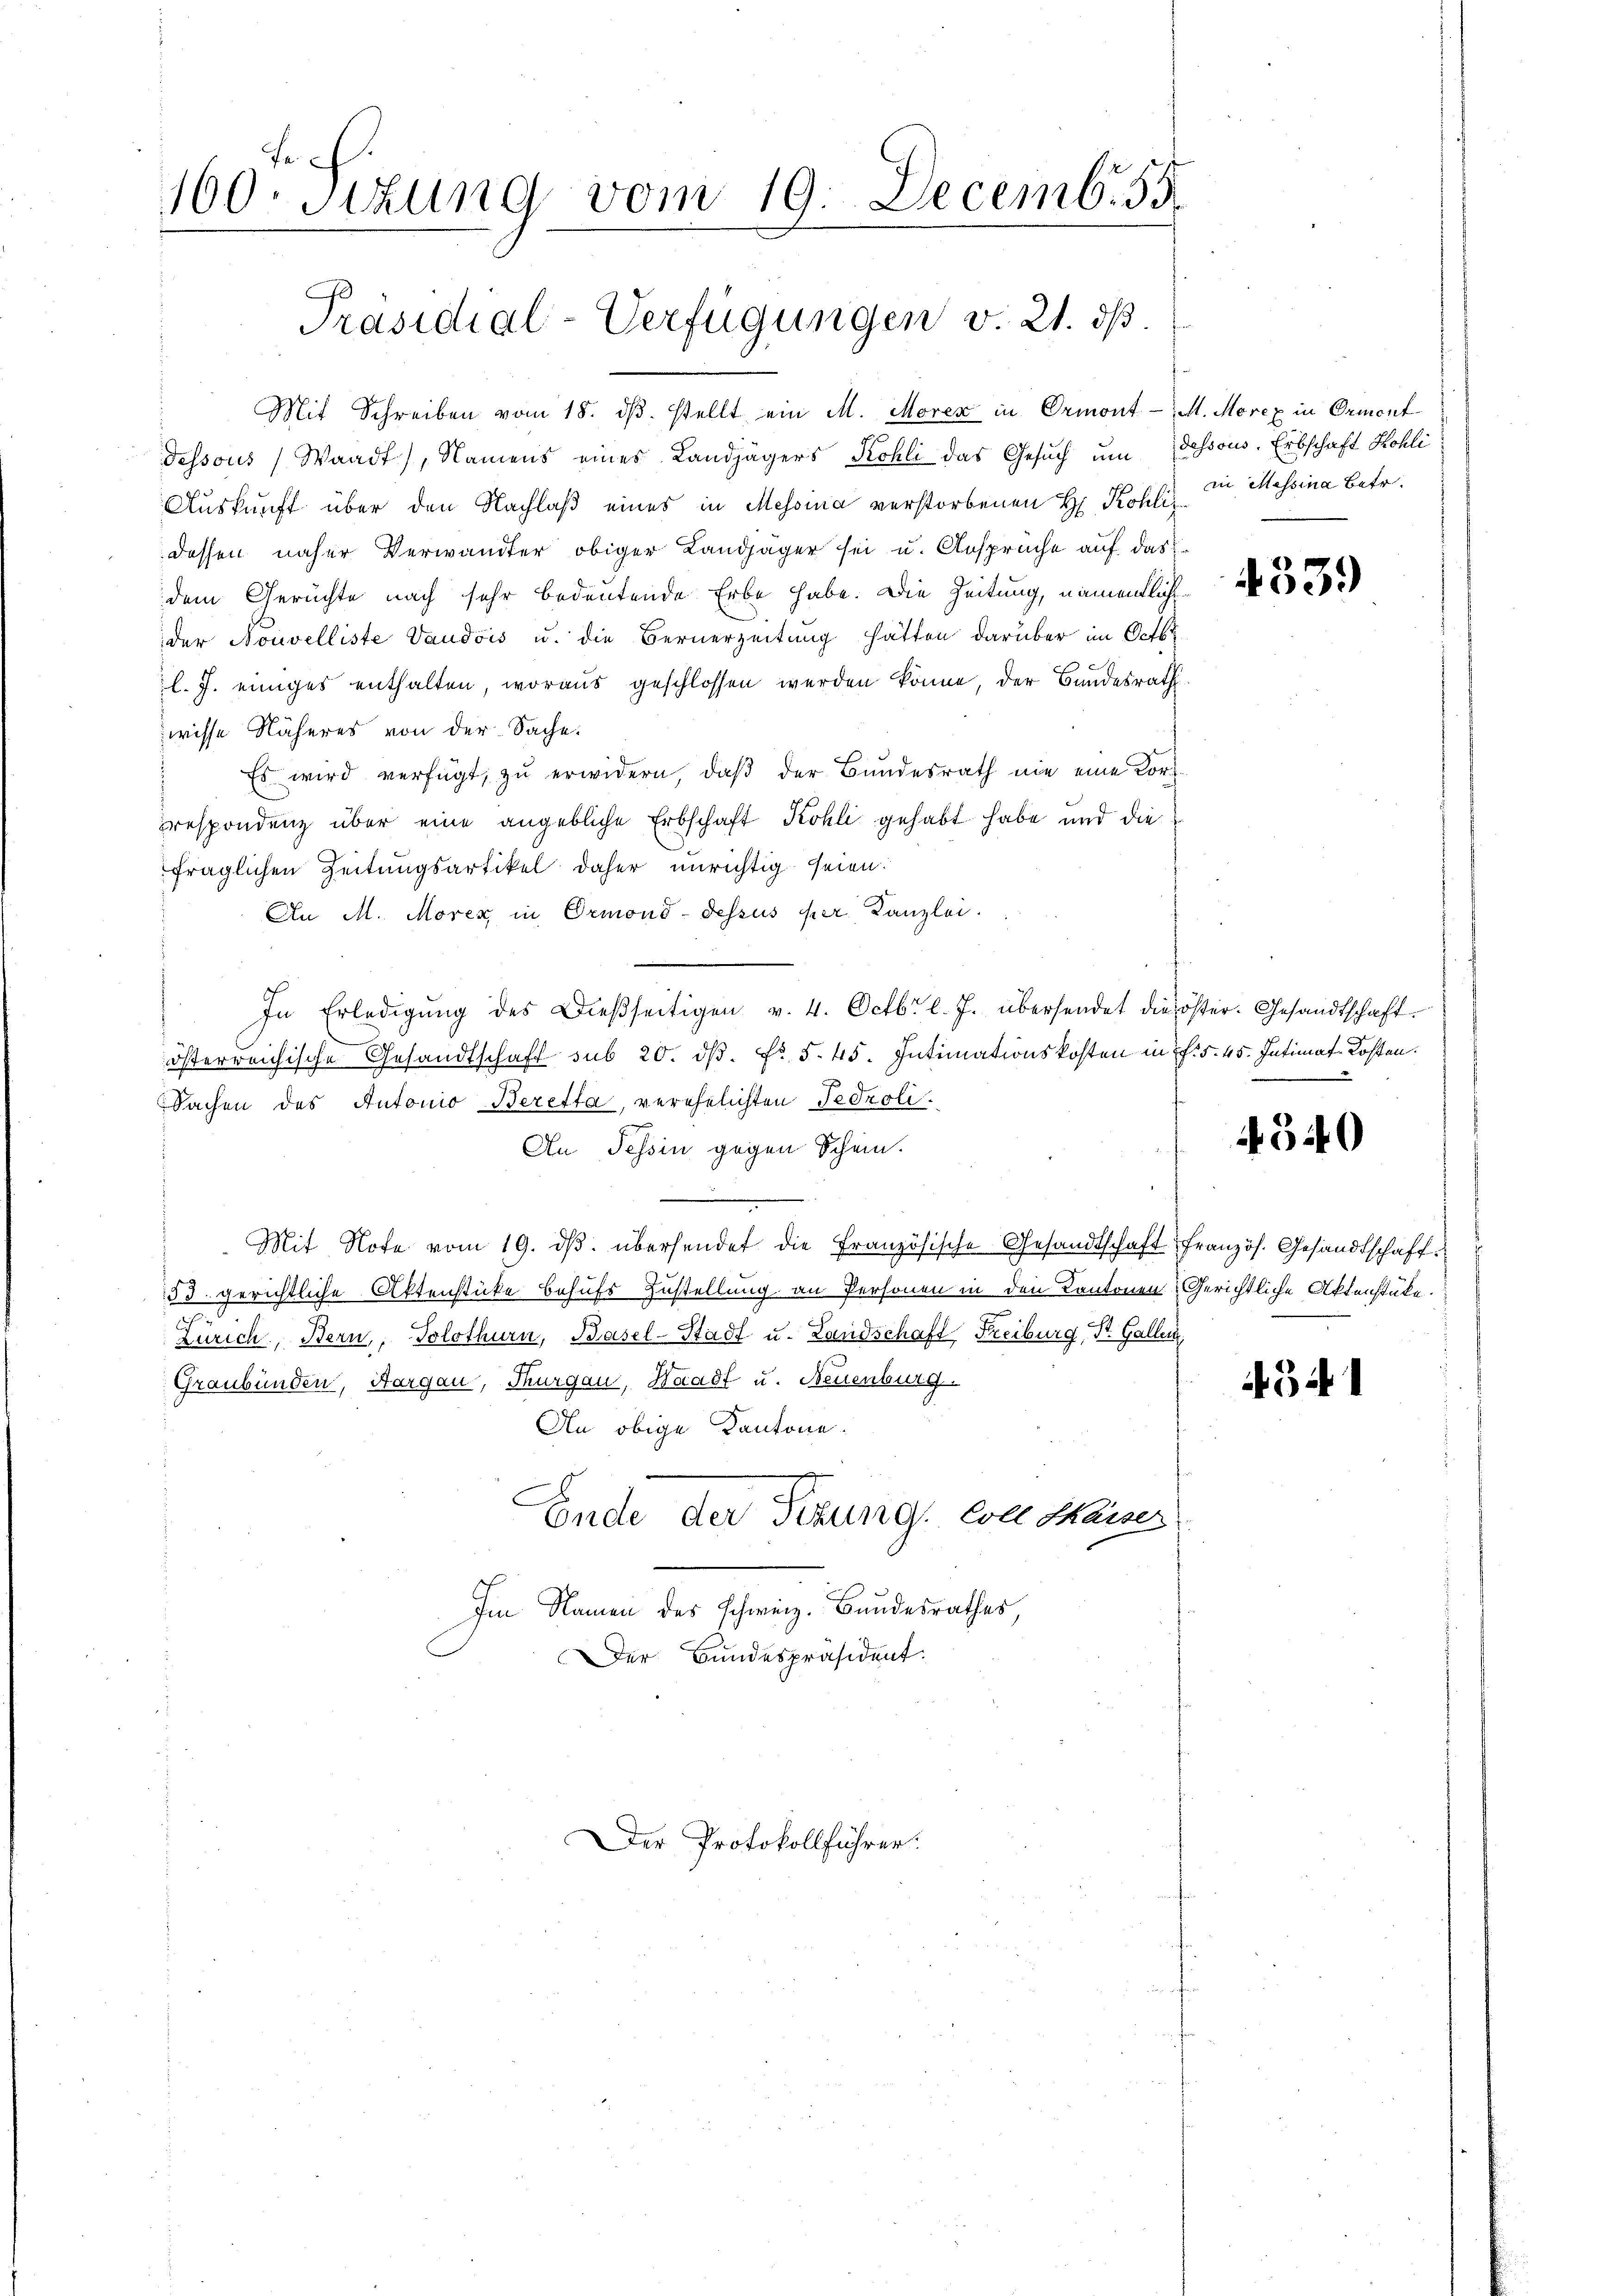
160. Sitzung vom 19. Decemb. 55.
Präsidial-Verfügungen v. 21. ds.

Mit Schreiben vom 18. dβ. stellt ein M. Moren in Ormont-St. Morex in Ormont
dessous (Waadt, Namens eines Landjägers Kohli das Gesuch um dessous. Erbschaft Kohli
Auskunft über den Nachlaß eines in Messina verstorbenen H. Kohlizdessen näher Verwandter obiger Landjäger sei u. Ansprüche auf das
dem Gerüchte nach sehr bedeutende Erbe habe. Die Zeitung, namentliche
der Nouvelliste Vaudois u. die Bernerzeitung hätten darüber im Octbr
l. J. einiges enthalten, woraus geschlossen werden könne, der Bundesrath
wisse Näheres von der Sache.
Es wird verfügt, zŭ erwidern, daβ der Bŭndesrath nie eine Kor-
respondenz über eine angebliche Erbschaft Kohli gehabt habe und die
fraglichen Zeitungsartikel daher unrichtig seien.
An M. Morex in Ormond-dessus per Canzlei.
österreichische Gesandtschaft sub 20. ds. Fr. 5. 45. Intimationskosten in f. 545. Intimat Kosten.
Sachen des Antonio-Beretta, verehelichten Fedzoli.
An Tessin gegen Schein.
Mit Note vom 19. dβ. übersendet die Französische Gesandtschaft französ. Gesandtschaft
53. gerichtliche Aktenstücke behufs Zustellung an Personen in den Kantonen Gerichtliche Aktenstücke.
.
Zürich, Bern, Solothurn, Basel-Stadt u. Landschaft Freiburg, St. Galler
Graubünden, Aargau, Thurgau, Waadt u. Neuenburg.
An obige Kantone.
Ende der Sitzung, von Maiser
Im Namen des schweiz. Bundesrathes,
Der Bundespräsident.

In Erledigŭng des Dieβseitigen v. 4. Octbr. l. J. übersendet die öster. Gesandtschaft.

Der Protokollführer:

in Messina Betr.

433.

540

34